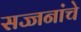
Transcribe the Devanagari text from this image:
सज्जनांचे